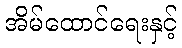
အိမ်ထောင်ရေးနှင့်